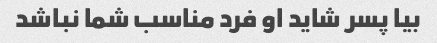
بیا پسر شاید او فرد مناسب شما نباشد